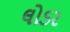
લોડર